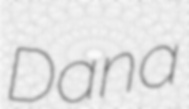
Dana